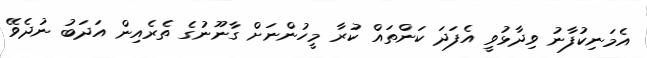
އެމަނިކުފާނު ވިދާޅުވީ އެފަދަ ކަންތައް ކުރާ މީހުންނަށް ގާނޫނުގެ ތެރެއިން އަދަބު ނުދެވޭ